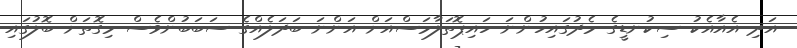
އަދި އެއާއެކު ސިކުނޑީގެ މެދުގައިހުންނަ ހައިޕޮތަލާމަސްއަށް އަންނަ ބަދަލެއްގެ ސަބަބުންވެސް މިގޮތަށް ބޮލުގައި